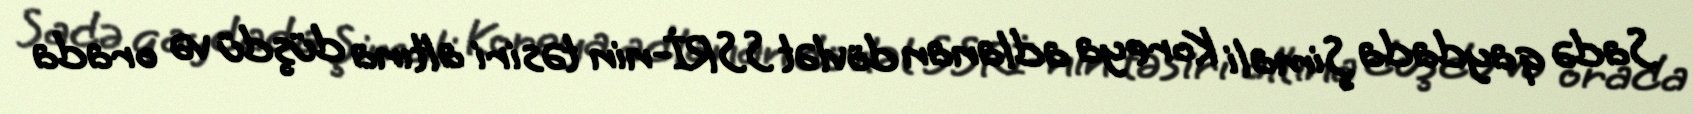
Sadə qaydada Şimali Koreya adlanan dövlət SSRİ-nin təsiri altına düşdü və orada